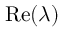
\mathrm { R e } ( \lambda )